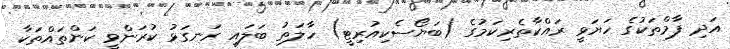
އަދި ފާމްތަކުގެ ހަޔަވީ ރައްކާތެރިކަމުގެ (ބަޔޯސެކިއުރިޓީ) ހާލަތު ބަލައި ރަނގަޅު ކުރަންވީ ކަންތައްތަކާ